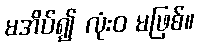
မအိပ်၍ လုံးဝ မဖြစ်။